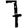
Digit: 7